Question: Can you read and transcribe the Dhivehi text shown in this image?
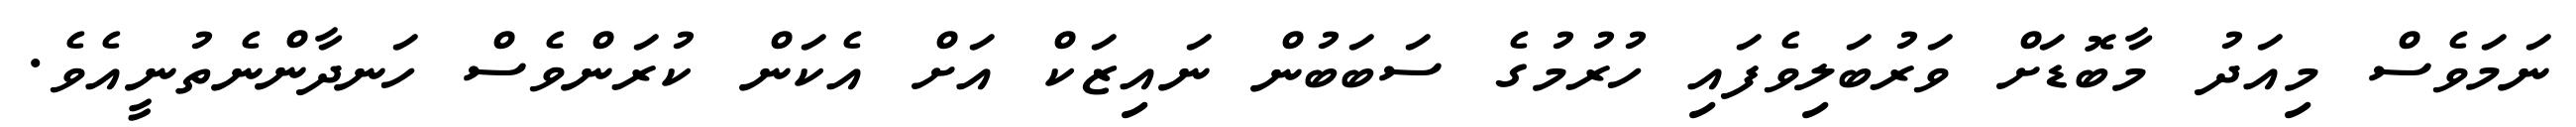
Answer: ނަމަވެސް މިއަދު މާބޮޑަށް ވަރުބަލިވެފައި ހުރުމުގެ ސަބަބުން ނައިޒަކް އަށް އެކަން ކުރަންވެސް ހަނދާންނެތުނީއެވެ.